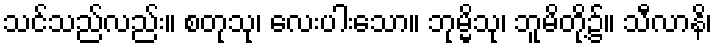
သင်သည်လည်း။ စတုသု၊ လေးပါးသော။ ဘုမ္မိသု၊ ဘူမိတို့၌။ သီလာနိ၊